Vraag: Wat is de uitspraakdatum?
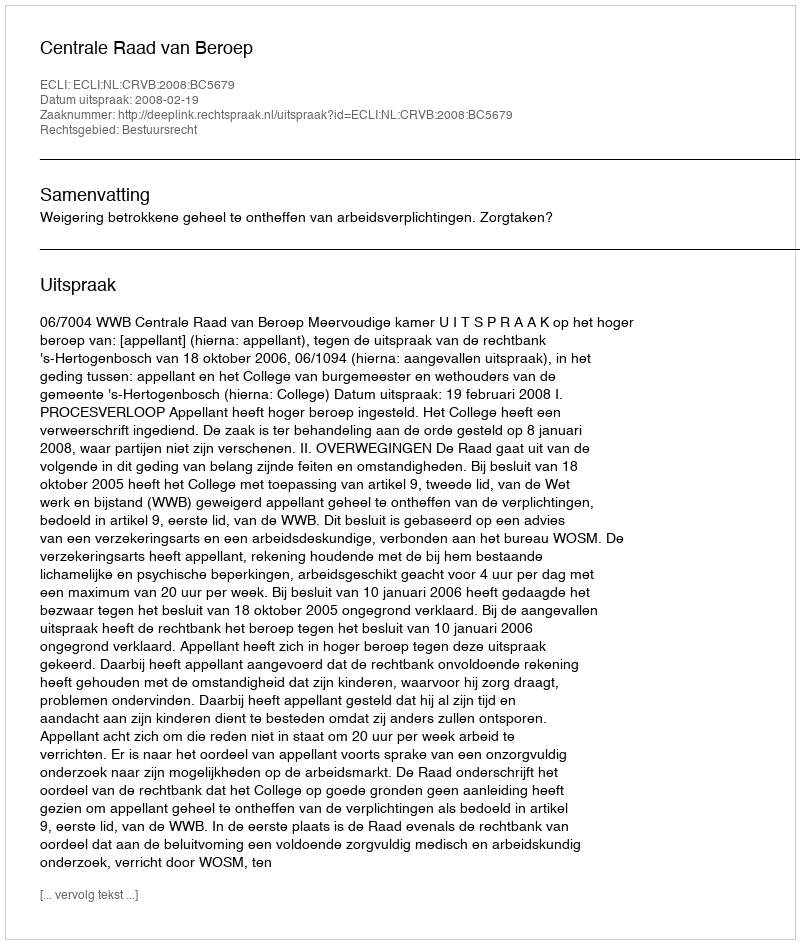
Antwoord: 2008-02-19